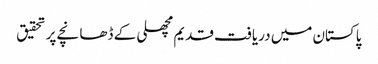
پاکستان میں دریافت قدیم مچھلی کے ڈھانچے پر تحقیق